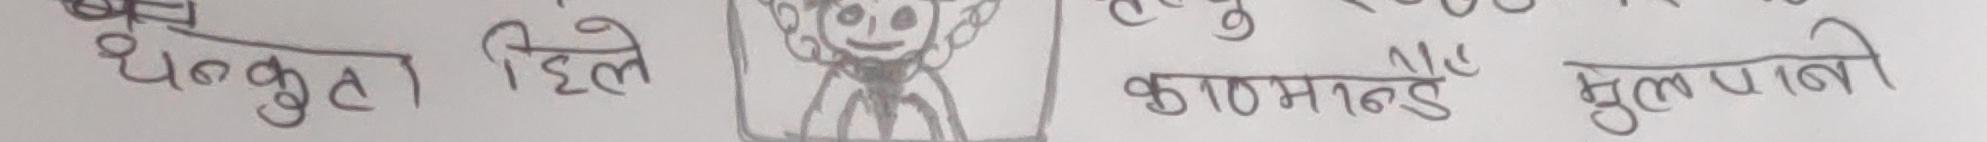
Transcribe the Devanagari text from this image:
धनकुटा हिले

काठमाडौँ मुलपानी